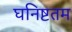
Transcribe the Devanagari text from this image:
घनिष्टतम